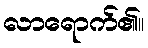
လာရောက်၏။